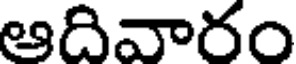
ఆదివారం